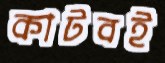
কাটবই